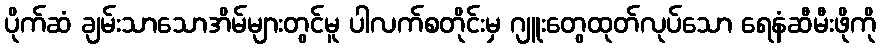
ပိုက်ဆံ ချမ်းသာသောအိမ်များတွင်မူ ပါလက်စတိုင်းမှ ဂျူးတွေထုတ်လုပ်သော ရေနံဆီမီးဖိုကို